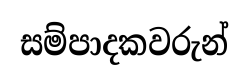
සම්පාදකවරුන්